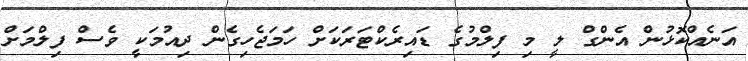
އަނެއްކޮޅުން އެންގް ލީ މި ފިލްމުގެ ޑައިރެކްޓަރަކަށް ހަމަޖެހިގެން ދިއުމަކީ ވެސް ފިލްމަށް